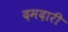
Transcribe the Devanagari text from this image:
दमदारी